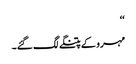
‘‘
مہرو کے پتنگے لگ گئے۔